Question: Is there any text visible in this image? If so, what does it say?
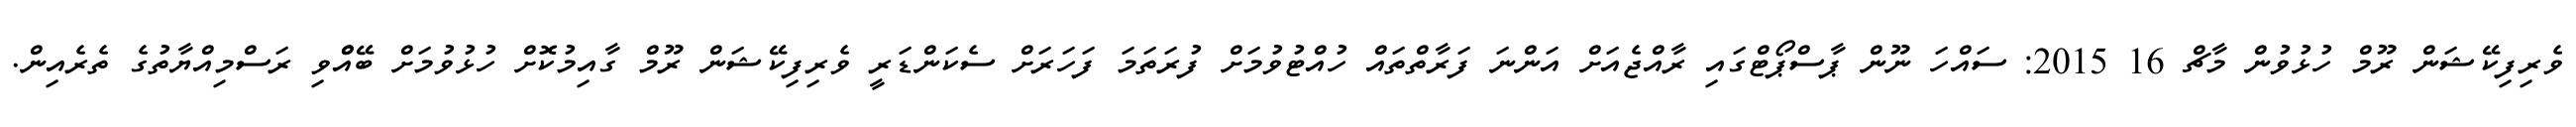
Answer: ވެރިފިކޭޝަން ރޫމް ހުޅުވުން މާޗް 16 2015: ސައްހަ ނޫން ޕާސްޕޯޓްގައި ރާއްޖެއަށް އަންނަ ފަރާތްތައް ހުއްޓުވުމަށް ފުރަތަމަ ފަހަރަށް ސެކަންޑަރީ ވެރިފިކޭޝަން ރޫމް ގާއިމުކޮށް ހުޅުވުމަށް ބޭއްްވި ރަސްމިއްޔާތުގެ ތެރެއިން.